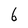
Character: 6